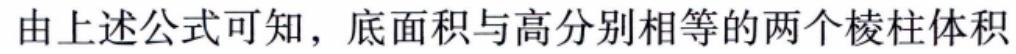
由上述公式可知，底面积与高分别相等的两个棱柱体积